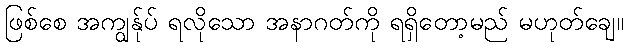
ဖြစ်စေ အကျွန်ုပ် ရလိုသော အနာဂတ်ကို ရရှိတော့မည် မဟုတ်ချေ။